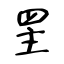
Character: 罜